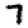
Digit: 7